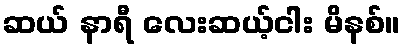
ဆယ် နာရီ လေးဆယ့်ငါး မိနစ်။